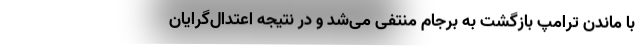
با ماندن ترامپ بازگشت به برجام منتفی می‌شد و در نتیجه اعتدال‌گرایان